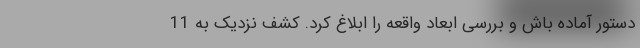
دستور آماده باش و بررسی ابعاد واقعه را ابلاغ کرد. کشف نزدیک به 11